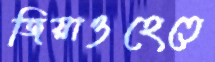
জিয়াওহেতে